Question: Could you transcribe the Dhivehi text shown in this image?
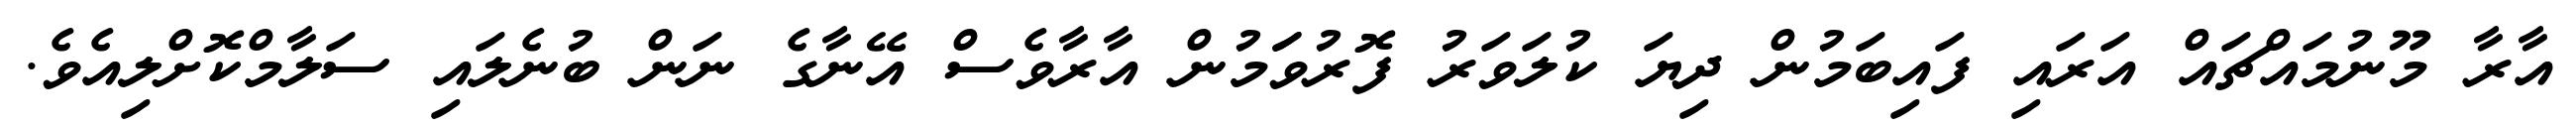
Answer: އާރާ މޫނުމައްޗައް އަރައި ފައިބަމުން ދިޔަ ކުލަވަރު ފޮރުވަަމުން އާރާވެސް އޭނާގެ ނަން ބުނެލައި ސަލާމްކޮށްލިއެވެ.